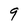
Character: 9